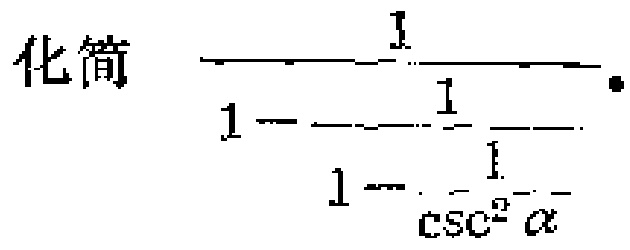
化简 $\frac{1}{1 - \frac{1}{1 - \frac{1}{\csc^{2} \alpha}}}$。